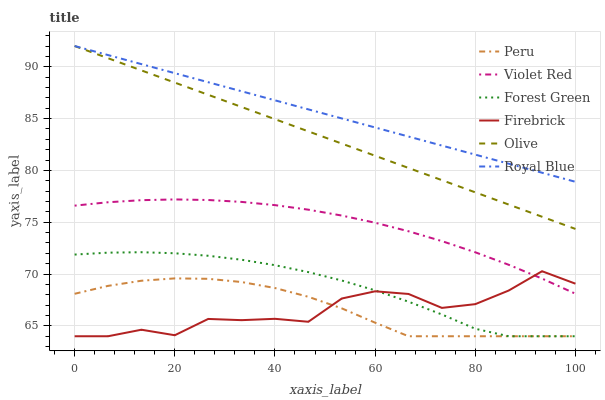
| xaxis_label | Peru | Violet Red | Forest Green | Firebrick | Olive | Royal Blue |
 | --- | --- | --- | --- | --- | --- | --- |
 | 0 | 68.1 | 76.6 | 71.9 | 64 | 92 | 92 |
 | 6.67 | 68.9 | 76.9 | 72.1 | 64 | 90.8 | 91.1 |
 | 13.3 | 69.4 | 77.1 | 72.1 | 64.6 | 89.6 | 90.3 |
 | 20 | 69.6 | 77.2 | 72 | 64.1 | 88.5 | 89.4 |
 | 26.7 | 69.5 | 77.1 | 71.8 | 65.7 | 87.3 | 88.5 |
 | 33.3 | 69.2 | 77 | 71.4 | 65.6 | 86.1 | 87.6 |
 | 40 | 68.7 | 76.6 | 70.9 | 65.7 | 84.9 | 86.8 |
 | 46.7 | 67.8 | 76.2 | 70.2 | 65.4 | 83.8 | 85.9 |
 | 53.3 | 66.7 | 75.6 | 69.4 | 67.6 | 82.6 | 85 |
 | 60 | 65.3 | 74.9 | 68.4 | 68.3 | 81.4 | 84.1 |
 | 66.7 | 64 | 74.1 | 67.3 | 68.1 | 80.2 | 83.3 |
 | 73.3 | 64 | 73.2 | 66.1 | 66.7 | 79.1 | 82.4 |
 | 80 | 64 | 72.1 | 64.7 | 67.1 | 77.9 | 81.5 |
 | 86.7 | 64 | 70.9 | 64 | 68.4 | 76.7 | 80.6 |
 | 93.3 | 64 | 69.6 | 64 | 70.3 | 75.5 | 79.8 |
 | 100 | 64 | 68.1 | 64 | 69.1 | 74.4 | 78.9 |